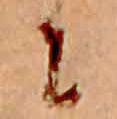
に